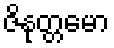
ဇိနုတ္တမော